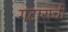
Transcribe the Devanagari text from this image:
गटाराची